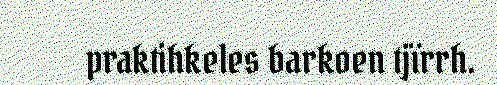
praktihkeles barkoen tjïrrh.